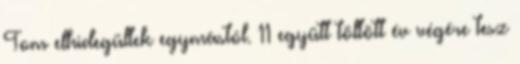
Tom elhidegültek egymástól. 11 együtt töltött év végére tesz